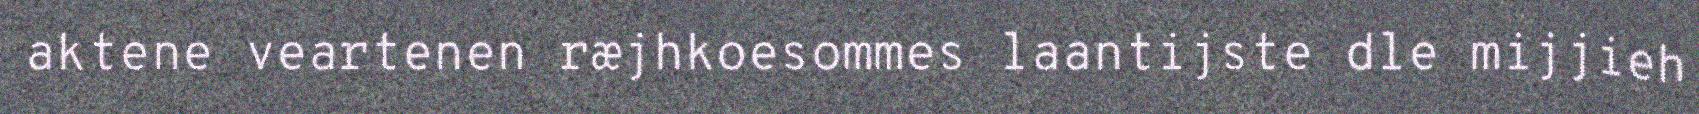
aktene veartenen ræjhkoesommes laantijste dle mijjieh